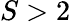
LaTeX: S>2